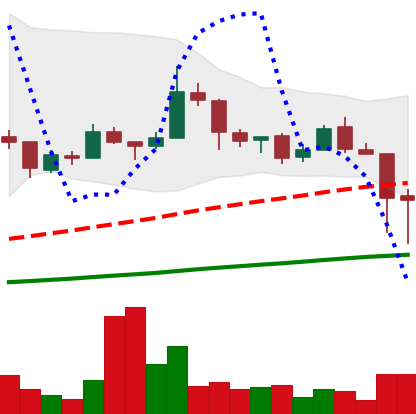
Ticker: LTC-USD
Chart end date: 2018-01-17
Forward return: -3.489%
Label: down_3_5